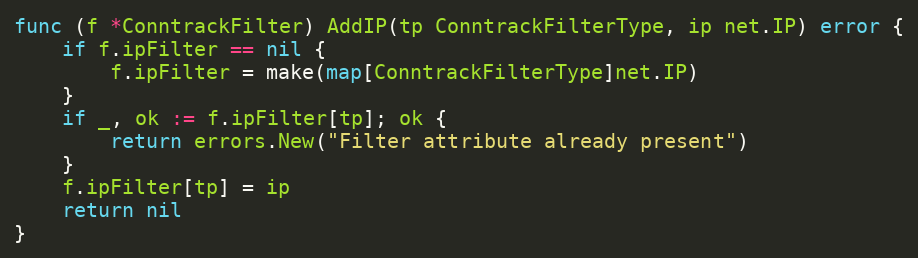
Language: Go
func (f *ConntrackFilter) AddIP(tp ConntrackFilterType, ip net.IP) error {
	if f.ipFilter == nil {
		f.ipFilter = make(map[ConntrackFilterType]net.IP)
	}
	if _, ok := f.ipFilter[tp]; ok {
		return errors.New("Filter attribute already present")
	}
	f.ipFilter[tp] = ip
	return nil
}